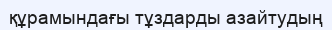
құрамындағы тұздарды азайтудың